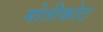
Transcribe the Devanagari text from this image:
मोतीकोट